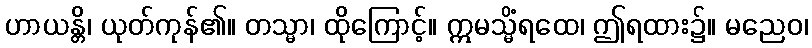
ဟာယန္တိ၊ ယုတ်ကုန်၏။ တသ္မာ၊ ထိုကြောင့်။ ဣမသ္မိံရထေ၊ ဤရထား၌။ မညေဝ၊